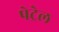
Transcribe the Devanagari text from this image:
पेट्रेल